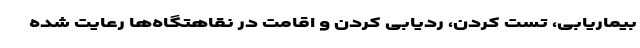
بیماریابی، تست کردن، ردیابی کردن و اقامت در نقاهتگاه‌ها رعایت شده